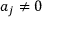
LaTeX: a _ { j } \neq 0